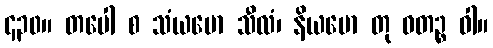
၄၃၀။ တပေါ စ သံယမော သီလံ၊ နိယမော တု ဝတဉ္စ ဝါ။